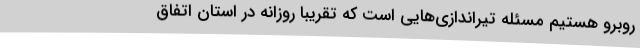
روبرو هستیم مسئله تیراندازی‌هایی است که تقریباً روزانه در استان اتفاق